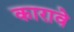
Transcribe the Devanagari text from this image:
कारावे